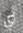
أي